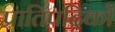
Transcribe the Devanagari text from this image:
प्रातिपदिकों